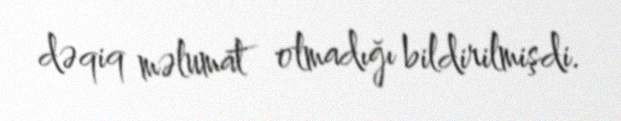
dəqiq məlumat olmadığı bildirilmişdi.